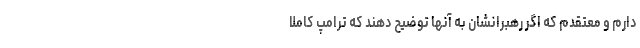
دارم و معتقدم که اگر رهبرانشان به آنها توضیح دهند که ترامپ کاملا